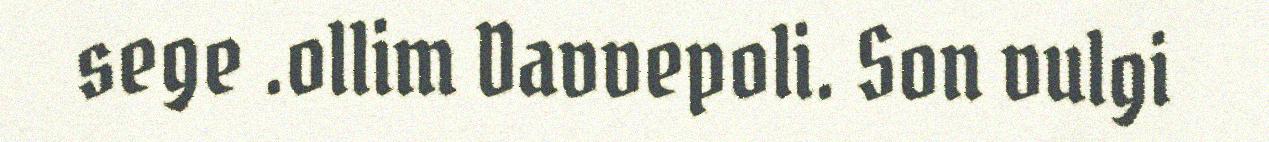
sege .ollim Davvepoli. Son vulgi